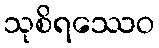
သုစိရဿေဝ